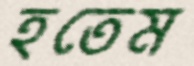
হতেম